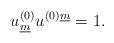
LaTeX: \begin{align*}u^{(0)}_{\underline{m}} u^{(0)\underline{m}} = 1.\end{align*}